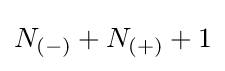
N_{(-)}+N_{(+)}+1